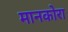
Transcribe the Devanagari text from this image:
मानकोरा